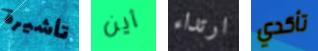
تأشيرة أين ارتداء تأكدي